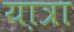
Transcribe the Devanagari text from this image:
या़त्रा